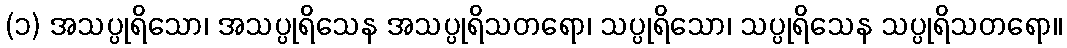
(၁) အသပ္ပုရိသော၊ အသပ္ပုရိသေန အသပ္ပုရိသတရော၊ သပ္ပုရိသော၊ သပ္ပုရိသေန သပ္ပုရိသတရော။